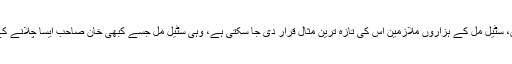
ایک کروڑ لوگ بے روزگار ہو رہے ہیں (یا کئے جا رہے ہیں، سٹیل مل کے ہزاروں ملازمین اس کی تازہ ترین مثال قرار دی جا سکتی ہے، وہی سٹیل مل جسے کبھی خان صاحب ایسا چلانے کے دعوے کر رہے تھے کہ جس کا تماشہ دنیا نے دیکھنا تھا)۔